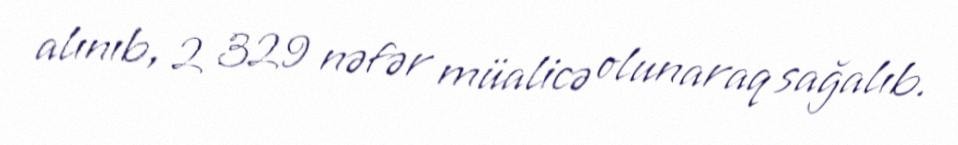
alınıb, 2 329 nəfər müalicə olunaraq sağalıb.